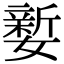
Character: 㜪